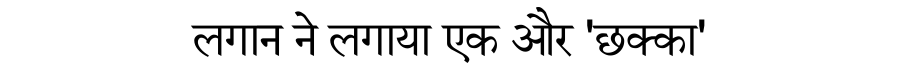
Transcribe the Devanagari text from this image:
लगान ने लगाया एक और 'छक्का'